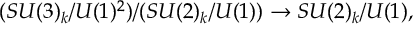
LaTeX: ( S U ( 3 ) _ { k } / U ( 1 ) ^ { 2 } ) / ( S U ( 2 ) _ { k } / U ( 1 ) ) \rightarrow S U ( 2 ) _ { k } / U ( 1 ) ,